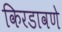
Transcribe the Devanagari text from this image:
किरडावणे